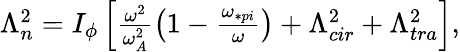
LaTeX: \begin{array}{r}{\Lambda_{n}^{2}=I_{\phi}\left[\frac{\omega^{2}}{\omega_{A}^{2}}\big(1-\frac{\omega_{\ast pi}}{\omega}\big)+\Lambda_{cir}^{2}+\Lambda_{tra}^{2}\right],}\end{array}